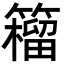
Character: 籕